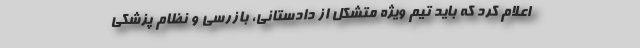
اعلام کرد که باید تیم ویژه متشکل از دادستانی، بازرسی و نظام پزشکی